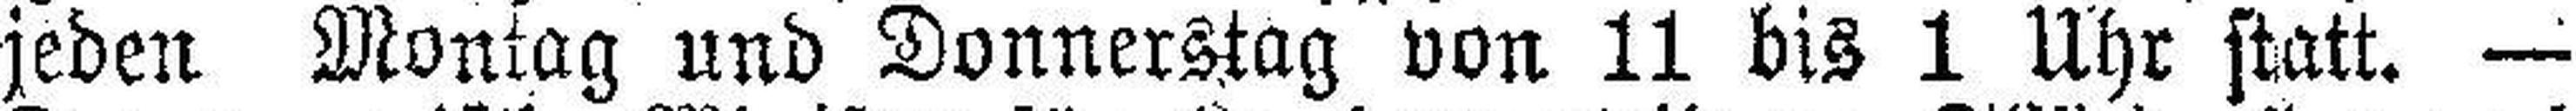
jeden Montag und Donnerstag von 11 bis 1 Uhr statt. —